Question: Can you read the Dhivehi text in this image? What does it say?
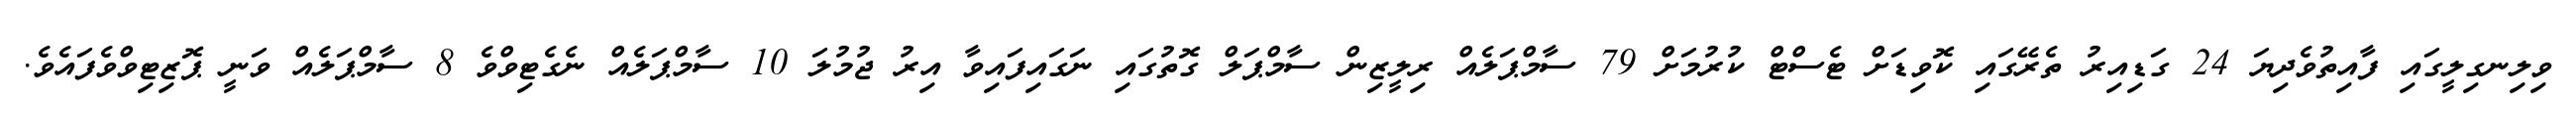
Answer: ވިލިނގިލީގައި ފާއިތުވެދިޔަ 24 ގަޑިއިރު ތެރޭގައި ކޮވިޑަށް ޓެސްޓް ކުރުމަށް 79 ސާމްޕަލެއް ރިލީޒިން ސާމްޕަލް ގޮތުގައި ނަގައިފައިވާ އިރު ޖުމުލަ 10 ސާމްޕަލެއް ނެގެޓިވްވެ 8 ސާމްޕަލެއް ވަނީ ޕޮޒިޓިވްވެފައެވެ.